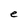
Character: e